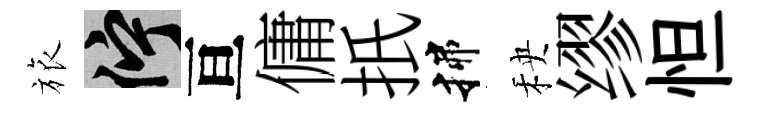
旅伫亘傭扺揲秧缪怛